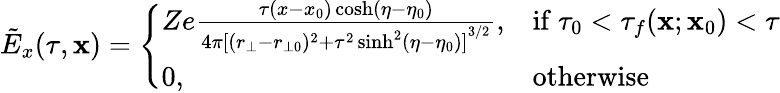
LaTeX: \tilde{E}_{x}(\tau,\mathbf{x})=\left\{ \begin{array}{ll}{Ze\frac{\tau(x-x_{0})\cosh(\eta-\eta_{0})}{4\pi{[(r_{\bot}-r_{\bot 0})^{2}+\tau^{2}\sinh^{2}(\eta-\eta_{0})]}^{3/2}},}&{\mathrm{if~}\tau_{0}<\tau_{f}(\mathbf{x};\mathbf{x}_{0})<\tau}\\ {0,}&{\mathrm{otherwise}}\end{array}\right.